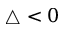
\triangle < 0